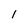
Character: l